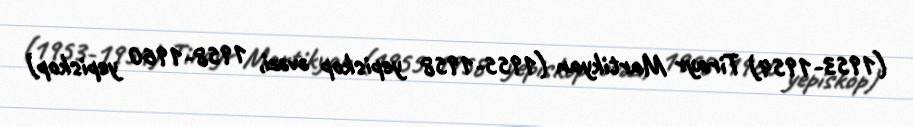
(1953-1954) Tirayr Martikyan (1955-1958 yepiskop əvəzi, 1958-1960 yepiskop)